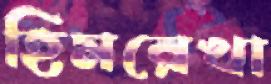
হিমরেখা